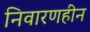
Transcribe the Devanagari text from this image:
निवारणहीन